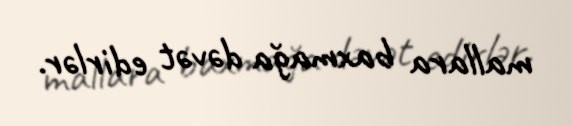
mallara baxmağa dəvət edirlər.